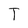
Character: T